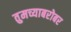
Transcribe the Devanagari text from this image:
तुमच्याबरोबर